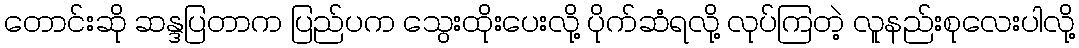
တောင်းဆို ဆန္ဒပြတာက ပြည်ပက သွေးထိုးပေးလို့ ပိုက်ဆံရလို့ လုပ်ကြတဲ့ လူနည်းစုလေးပါလို့